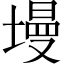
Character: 墁